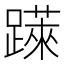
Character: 𨅼